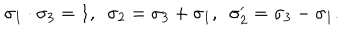
\sigma _ { 1 } \cdot \sigma _ { 3 } = 1 , \enspace \sigma _ { 2 } = \sigma _ { 3 } + \sigma _ { 1 } , \enspace \sigma _ { 2 } ^ { \prime } = \sigma _ { 3 } - \sigma _ { 1 } .